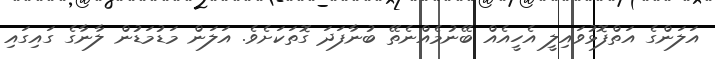
އަލަންގެ އަތްފޮޅުވައިލީ އެހީއެއް ބޭނުމެއްނެތޭ ބުނާފަދަ ގޮތަކަށެވެ. އަލަން މަޑުމަޑުން ލާނާގެ ގައިގައި